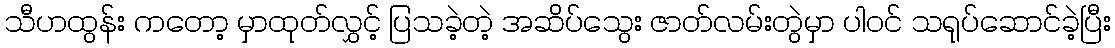
သီဟထွန်း ကတော့ မှာထုတ်လွှင့် ပြသခဲ့တဲ့ အဆိပ်သွေး ဇာတ်လမ်းတွဲမှာ ပါဝင် သရုပ်ဆောင်ခဲ့ပြီး